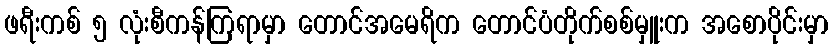
ဖရီးကစ် ၅ လုံးစီကန်ကြရာမှာ တောင်အမေရိက တောင်ပံတိုက်စစ်မှူးက အစောပိုင်းမှာ